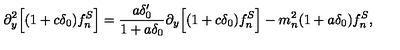
\partial _ { y } ^ { 2 } \Big [ ( 1 + c \delta _ { 0 } ) f _ { n } ^ { S } \Big ] = \frac { a \delta _ { 0 } ^ { \prime } } { 1 + a \delta _ { 0 } } \partial _ { y } \Big [ ( 1 + c \delta _ { 0 } ) f _ { n } ^ { S } \Big ] - m _ { n } ^ { 2 } ( 1 + a \delta _ { 0 } ) f _ { n } ^ { S } ,